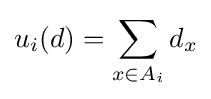
u_{i}(d)=\sum _{x\in A_{i}}d_{x}